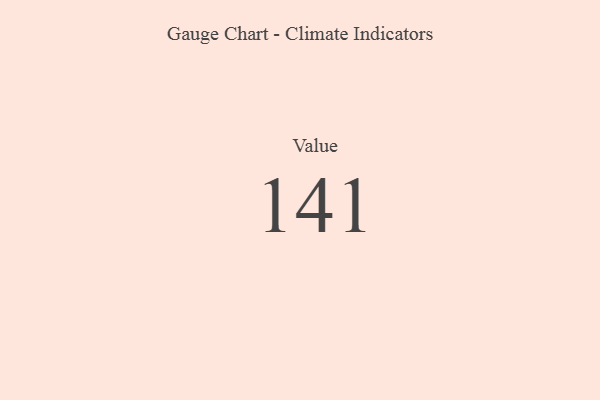
{"axis": {"x": "Metric", "y": "Value"}, "legend": [""], "data": [{"x": "Value", "y": 141, "type": ""}]}